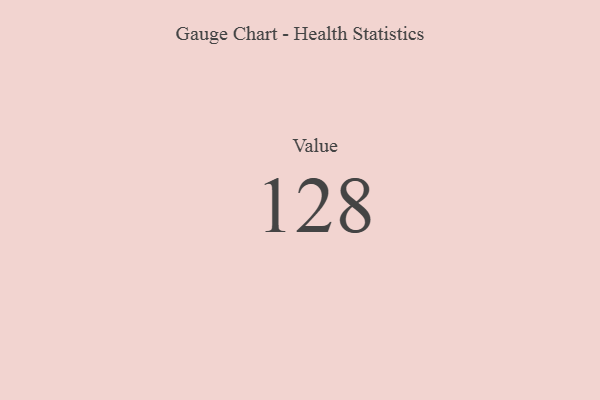
{"axis": {"x": "Metric", "y": "Value"}, "legend": [""], "data": [{"x": "Value", "y": 128, "type": ""}]}